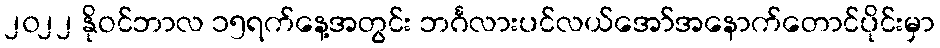
၂၀၂၂ နိုဝင်ဘာလ ၁၅ရက်နေ့အတွင်း ဘင်္ဂလားပင်လယ်အော်အနောက်တောင်ပိုင်းမှာ